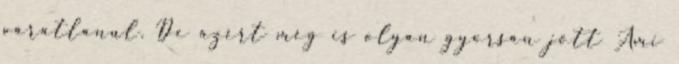
váratlanul. De azért még is olyan gyorsan jött Ami